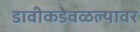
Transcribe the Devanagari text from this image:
डावीकडेवळल्यावर